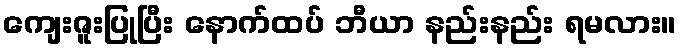
ကျေးဇူးပြုပြီး နောက်ထပ် ဘီယာ နည်းနည်း ရမလား။